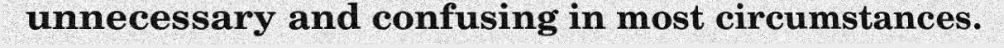
unnecessary and confusing in most circumstances.